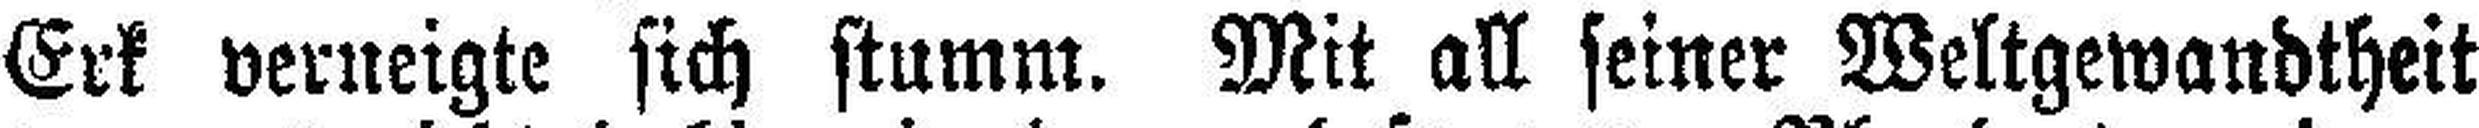
Erk verneigte sich stumm. Mit all seiner Weltgewandtheit